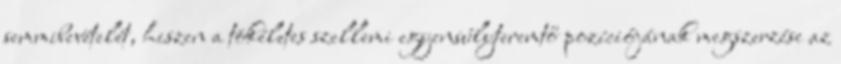
semmibevételét, hiszen a tökéletes szellemi egyensúlyteremtő pozíciójának megszerzése az